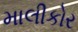
માલીકોર